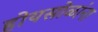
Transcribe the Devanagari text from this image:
होयसोळांना